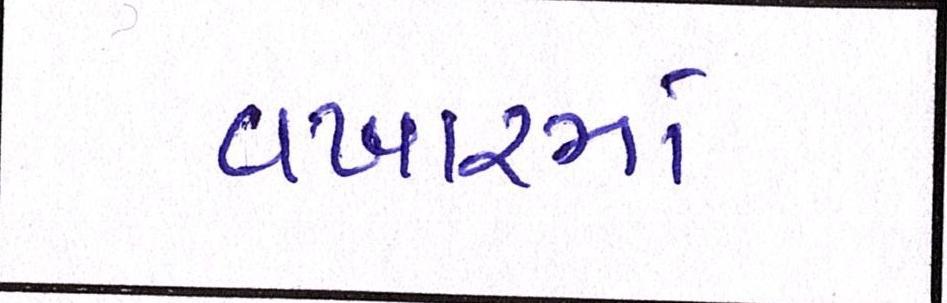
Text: વખારમાં